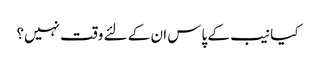
کیا نیب کے پاس ان کے لئے وقت نہیں؟